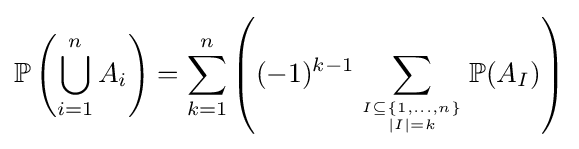
\mathbb {P} \left(\bigcup _{i=1}^{n}A_{i}\right)=\sum _{k=1}^{n}\left((-1)^{k-1}\sum _{I\subseteq \{1,\ldots ,n\} \atop |I|=k}\mathbb {P} (A_{I})\right)